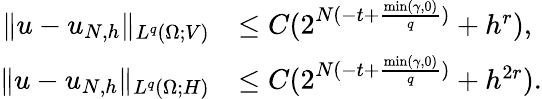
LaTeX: \begin{array}{rl}{\| u-u_{N,h}\| _{L^{q}(\Omega;V)}}&{\le C(2^{N(-t+\frac{\operatorname*{min}(\gamma,0)}{q})}+h^{r}),}\\ {\| u-u_{N,h}\| _{L^{q}(\Omega;H)}}&{\le C(2^{N(-t+\frac{\operatorname*{min}(\gamma,0)}{q})}+h^{2r}).}\end{array}